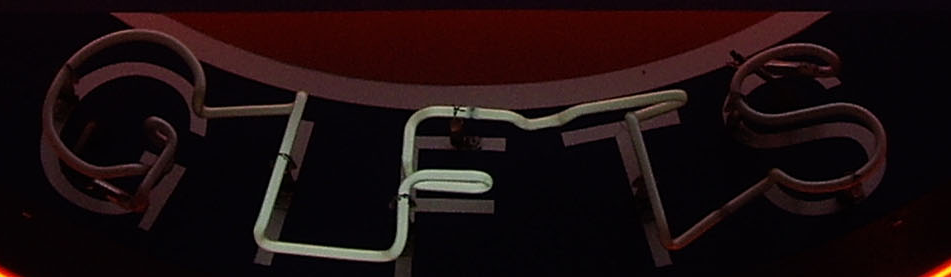
GIFTS